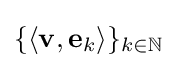
\{\langle \mathbf {v} ,\mathbf {e} _{k}\rangle \}_{k\in \mathbb {N} }